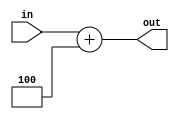
`timescale 1ns /1ps
module add4(
	input [31:0]in,
	output reg [31:0]out
);
always@(*)
begin
	out=in+4;
end
initial out=0;
endmodule